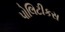
પોલિટીકસ